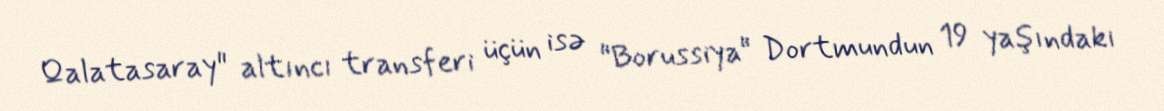
Qalatasaray" altıncı transferi üçün isə "Borussiya" Dortmundun 19 yaşındakı